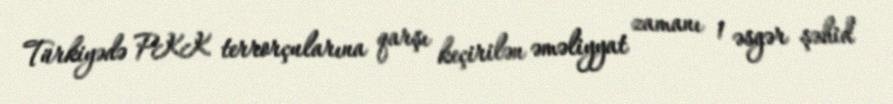
Türkiyədə PKK terrorçularına qarşı keçirilən əməliyyat zamanı 1 əsgər şəhid